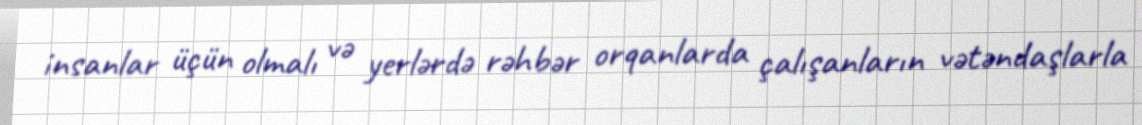
insanlar üçün olmalı və yerlərdə rəhbər orqanlarda çalışanların vətəndaşlarla